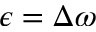
\epsilon = \Delta \omega